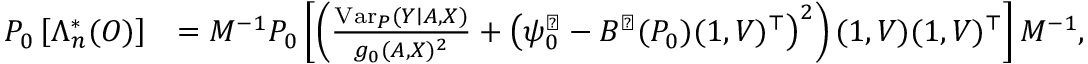
\begin{array} { r l } { P _ { 0 } \left[ \Lambda _ { n } ^ { * } ( O ) \right] } & { = M ^ { - 1 } P _ { 0 } \left[ \left( \frac { \mathrm { V a r } _ { P } ( Y \mid A , X ) } { g _ { 0 } ( A , X ) ^ { 2 } } + \left( \psi _ { 0 } ^ { \sharp } - B ^ { \sharp } ( P _ { 0 } ) ( 1 , V ) ^ { \top } \right) ^ { 2 } \right) ( 1 , V ) ( 1 , V ) ^ { \top } \right] M ^ { - 1 } , } \end{array}